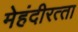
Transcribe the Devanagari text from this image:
मेहंदीरत्‍ता